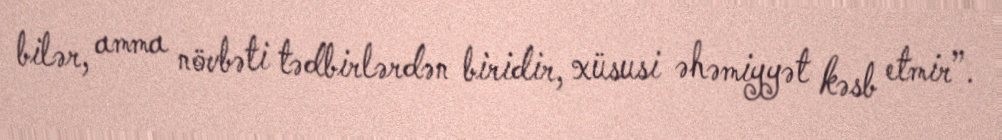
bilər, amma növbəti tədbirlərdən biridir, xüsusi əhəmiyyət kəsb etmir”.